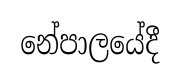
නේපාලයේදී